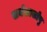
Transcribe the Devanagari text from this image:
सर्वशास्त्रेषु